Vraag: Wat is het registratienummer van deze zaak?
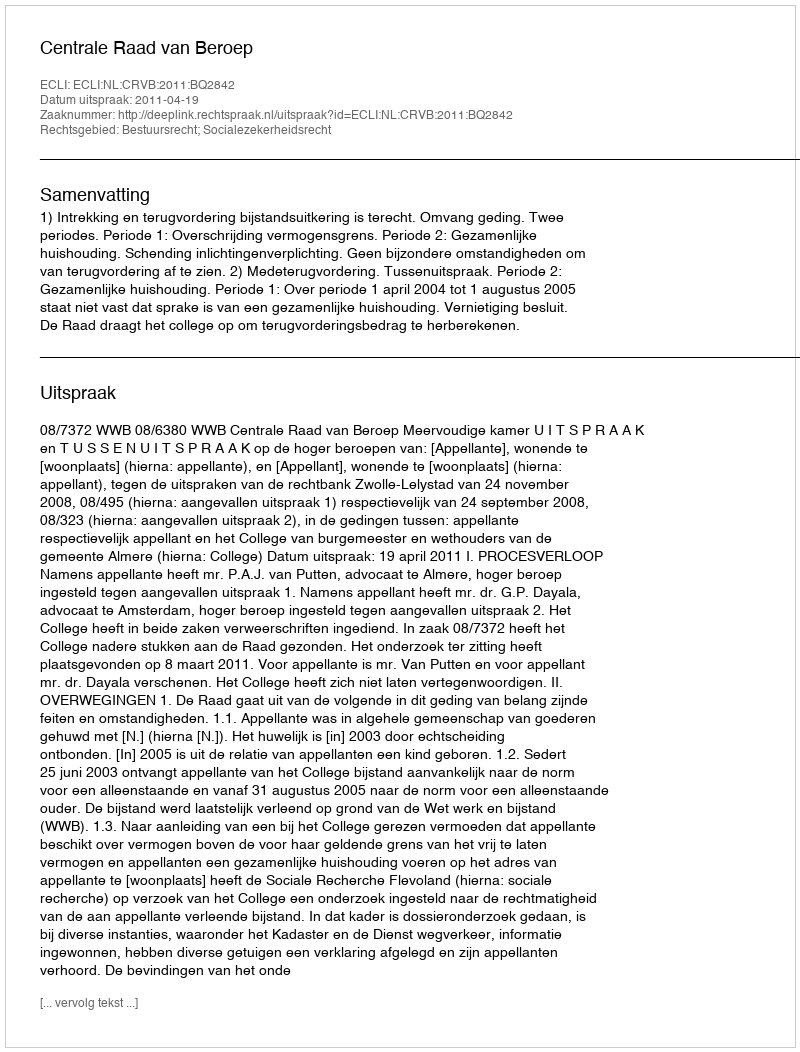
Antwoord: http://deeplink.rechtspraak.nl/uitspraak?id=ECLI:NL:CRVB:2011:BQ2842